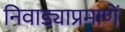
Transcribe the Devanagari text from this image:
निवाड्याप्रमाणें